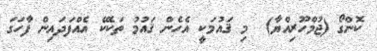
ކޮންގޯ (ޖުމްހޫރިއްޔާ)  މި ޤައުމަކީ އެހެން ޤައުމު ތަކެކޭ އެއްފަދައިން ފާހަގަ